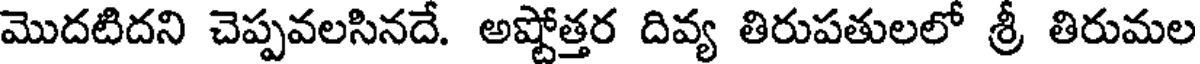
మొదటిదని చెప్పవలసినదే. అష్టోత్తర దివ్య తిరుపతులలో శ్రీ తిరుమల